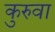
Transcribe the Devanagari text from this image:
कुरुवा